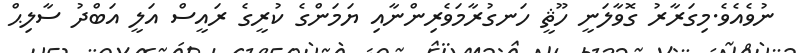
ނުވެއެވެ.މިގަރާރު ގޮވާލަނީ ހޫޘީ ހަނގުރާމަވެރިންނާއި ޔަމަންގެ ކުރީގެ ރައީސް އަލީ އަބްދު ސާލިޙް